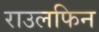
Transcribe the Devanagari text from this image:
राउलफिन